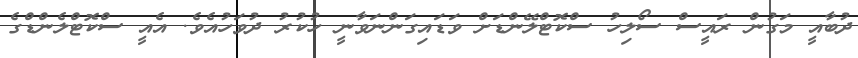
ދުބާއީ މަގުން ރައީސް ސޯލިހު ސްކޮޓްލޭންޑަށް ވަޑައިގަންނަވާނީ ހުކުރު ދުވަހުއެވެ. އެއީ ސްކޮޓްލެންޑްގެ